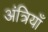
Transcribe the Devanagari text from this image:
अंत्रियाँ